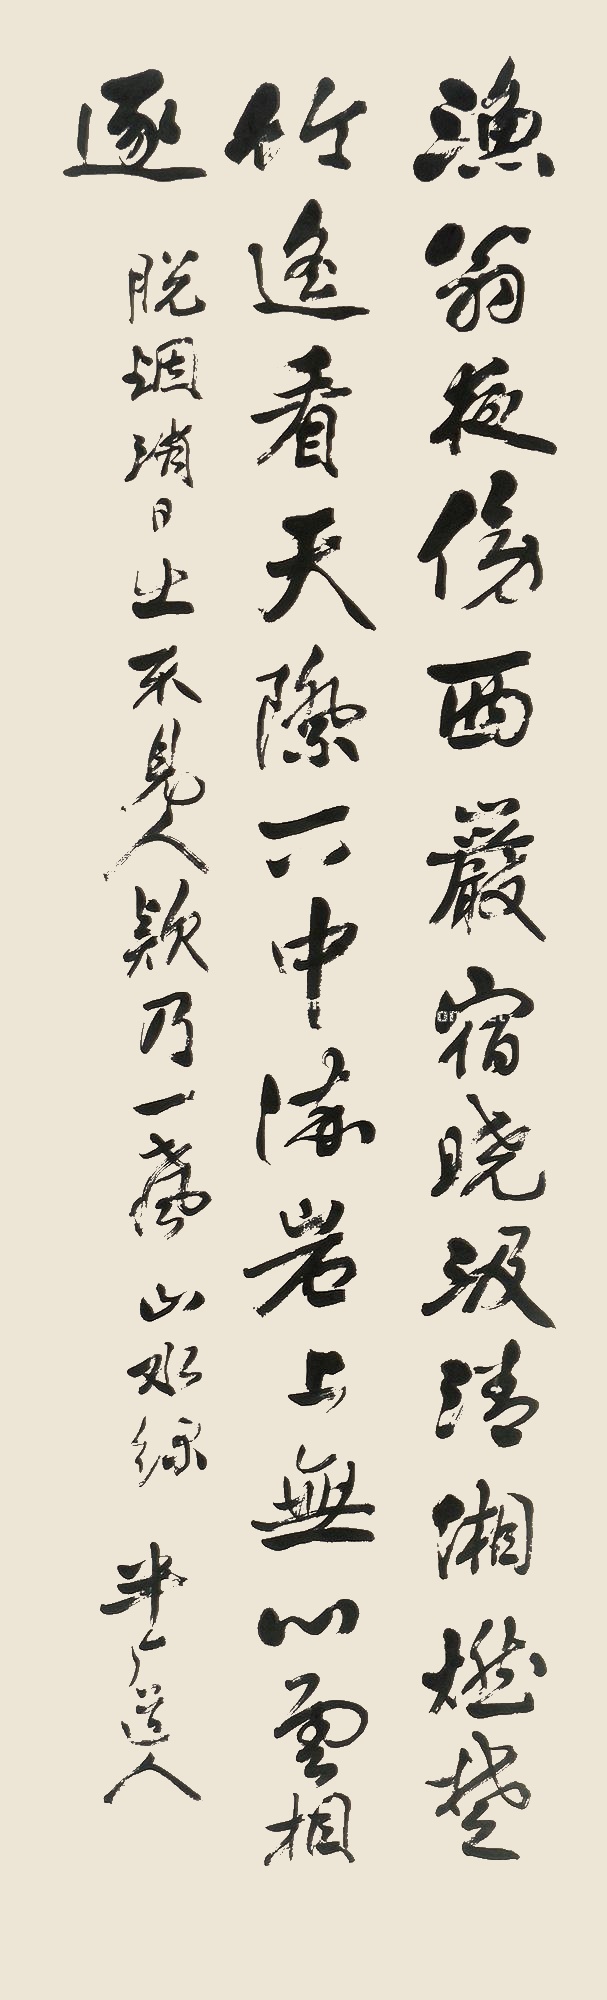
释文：渔翁夜傍西岩宿，晓汲清湘燃楚竹。遥看天际下中流，岩上无心云相逐。脱烟销日出不见人，欸乃一声山水绿。半庵道人。